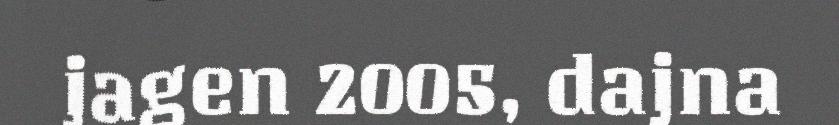
jagen 2005, dajna